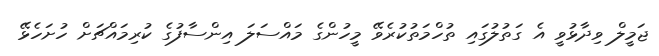
ޖަމީލް ވިދާޅުވީ އެ ގަތުލުގައި ތުހްމަތުކުރެވޭ މީހުންގެ މައްސަލަ އިންސާފުގެ ކުރިމައްޗަށް ހުށަހެޅޭ